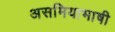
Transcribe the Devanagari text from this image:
असमियाभाषी